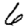
Digit: 6